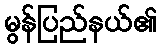
မွန်ပြည်နယ်၏